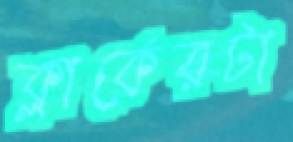
ক্লার্কেরটা